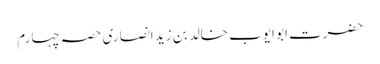
حضرت ابو ایوب خالد بن زید انصاری	حصہ چہارم